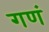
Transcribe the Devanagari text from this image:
गणं